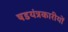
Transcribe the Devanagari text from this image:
षडयंत्रकारीयों